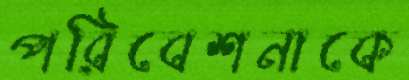
পরিবেশনাকে